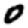
Digit: 0